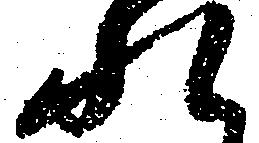
れ